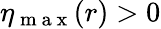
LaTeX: \eta_{\mathrm{~m~a~x~}}(r)>0